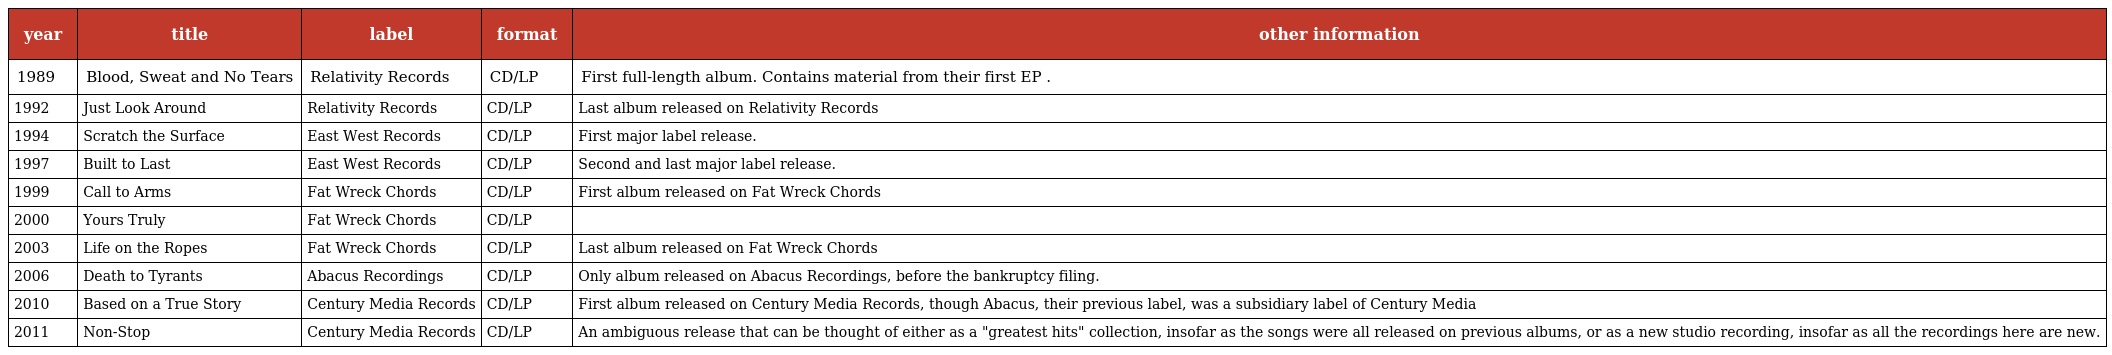
| year | title | label | format | other information |
 | --- | --- | --- | --- | --- |
 | 1989 | Blood, Sweat and No Tears | Relativity Records | CD/LP | First full-length album. Contains material from their first EP . |
 | 1992 | Just Look Around | Relativity Records | CD/LP | Last album released on Relativity Records |
 | 1994 | Scratch the Surface | East West Records | CD/LP | First major label release. |
 | 1997 | Built to Last | East West Records | CD/LP | Second and last major label release. |
 | 1999 | Call to Arms | Fat Wreck Chords | CD/LP | First album released on Fat Wreck Chords |
 | 2000 | Yours Truly | Fat Wreck Chords | CD/LP |  |
 | 2003 | Life on the Ropes | Fat Wreck Chords | CD/LP | Last album released on Fat Wreck Chords |
 | 2006 | Death to Tyrants | Abacus Recordings | CD/LP | Only album released on Abacus Recordings, before the bankruptcy filing. |
 | 2010 | Based on a True Story | Century Media Records | CD/LP | First album released on Century Media Records, though Abacus, their previous label, was a subsidiary label of Century Media |
 | 2011 | Non-Stop | Century Media Records | CD/LP | An ambiguous release that can be thought of either as a "greatest hits" collection, insofar as the songs were all released on previous albums, or as a new studio recording, insofar as all the recordings here are new. |